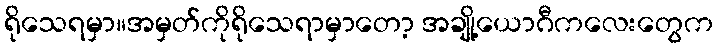
ရိုသေရမှာ။အမှတ်ကိုရိုသေရာမှာတော့ အချို့ယောဂီကလေးတွေက